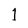
Character: 1